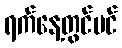
ရက်နေ့တွင်ပင်